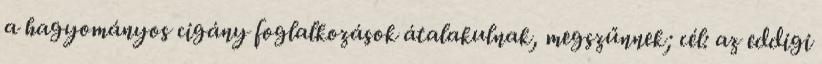
a hagyományos cigány foglalkozások átalakulnak, megszűnnek; cél: az eddigi